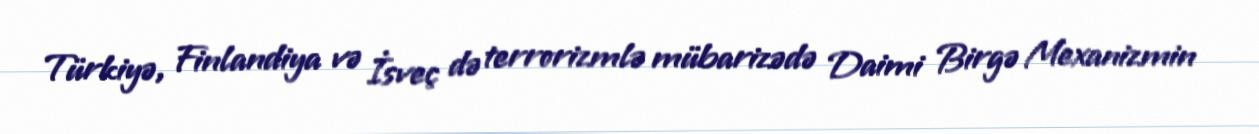
Türkiyə, Finlandiya və İsveç də terrorizmlə mübarizədə Daimi Birgə Mexanizmin